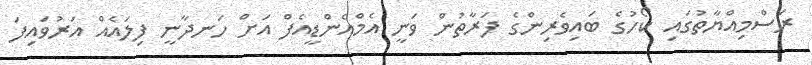
ރަސްމިއްޔާތުގައި ކޯހުގެ ބައިވެރިންގެ ފަރާތުން ވަނީ އެމްއެންޑީއެފް އަށް ހަނދާނީ ފިލައެއް އަރުވައިފަ